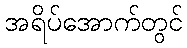
အရိပ်အောက်တွင်